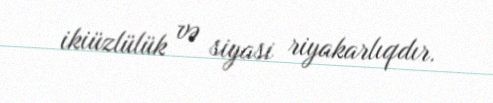
ikiüzlülük və siyasi riyakarlıqdır.